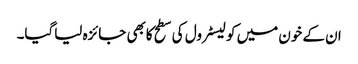
ان کے خون میں کولیسٹرول کی سطح کابھی جائزہ لیاگیا۔